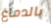
بالدماغ